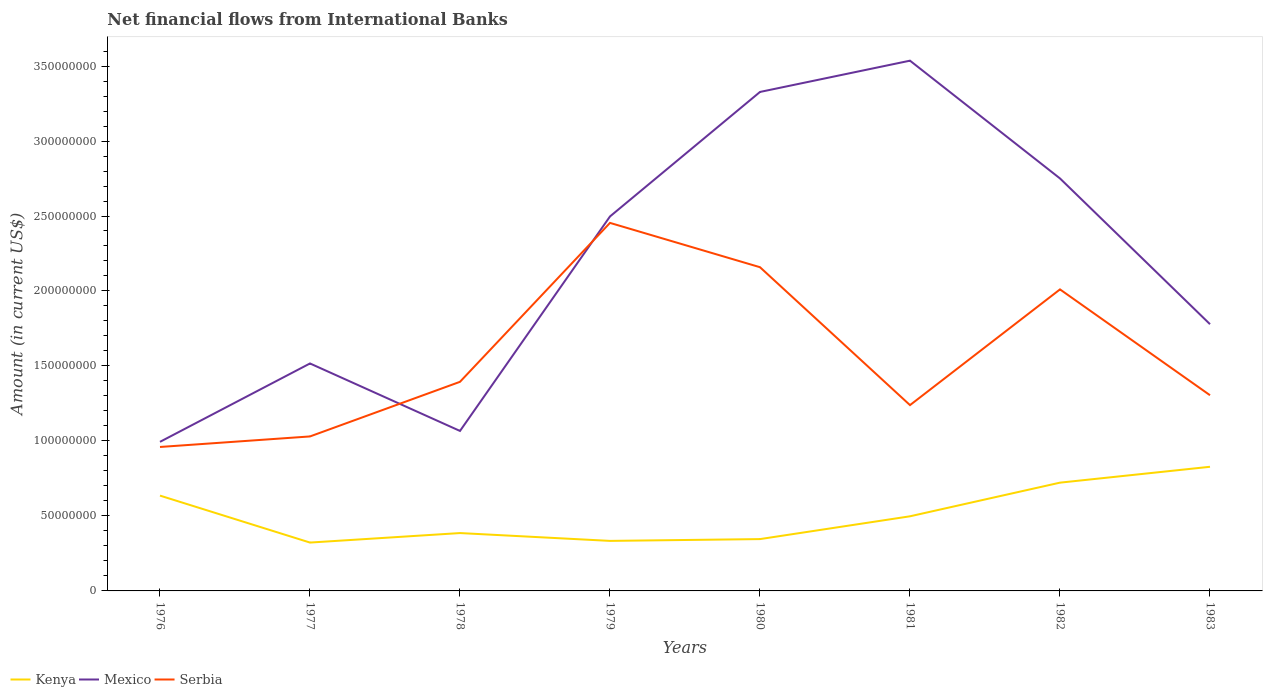
| Years | Kenya | Mexico | Serbia |
 | --- | --- | --- | --- |
 | 1976 | 6.36e+07 | 9.94e+07 | 9.6e+07 |
 | 1977 | 3.22e+07 | 1.52e+08 | 1.03e+08 |
 | 1978 | 3.86e+07 | 1.07e+08 | 1.39e+08 |
 | 1979 | 3.34e+07 | 2.5e+08 | 2.45e+08 |
 | 1980 | 3.46e+07 | 3.33e+08 | 2.16e+08 |
 | 1981 | 4.98e+07 | 3.54e+08 | 1.24e+08 |
 | 1982 | 7.22e+07 | 2.75e+08 | 2.01e+08 |
 | 1983 | 8.28e+07 | 1.78e+08 | 1.3e+08 |